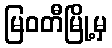
မြဝတီမြို့မှ